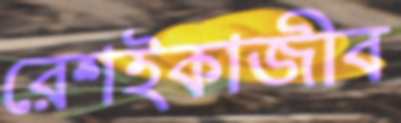
রেশইকাজীব